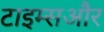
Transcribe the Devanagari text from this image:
टाइम्सऔर